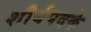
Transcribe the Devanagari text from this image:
शौर्यपदके